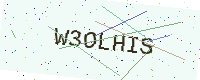
Text: W3OLHIS